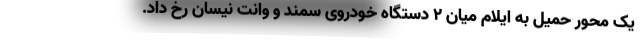
یک محور حمیل به ایلام میان ۲ دستگاه خودروی سمند و وانت نیسان رخ داد.